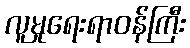
လူမှုရေးရာဝန်ကြီး